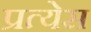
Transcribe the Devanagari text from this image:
प्रत्येस